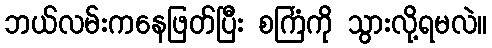
ဘယ်လမ်းကနေဖြတ်ပြီး စင်္ကြံကို သွားလို့ရမလဲ။